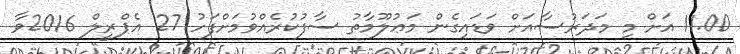
11.00 އަށް މި މަދަރުސާއަށް ވަޑައިގެން މަޢުލޫމާތު ސާފުކުރެއްވުމަށްފަހު 27 އެޕްރީލް 2016ވާ